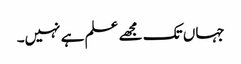
جہاں تک مجھے علم ہے نہیں۔